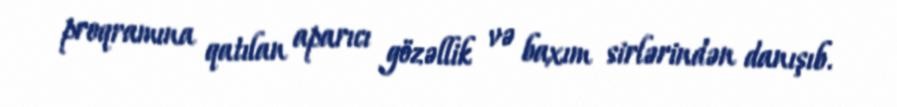
proqramına qatılan aparıcı gözəllik və baxım sirlərindən danışıb.